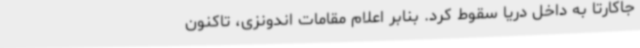
جاکارتا به داخل دریا سقوط کرد. بنابر اعلام مقامات اندونزی، تاکنون